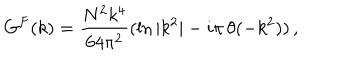
LaTeX: G ^ { F } ( k ) = { \frac { N ^ { 2 } k ^ { 4 } } { 6 4 \pi ^ { 2 } } } ( \ln { | k ^ { 2 } | } - i \pi \, \theta ( - k ^ { 2 } ) ) \, ,